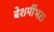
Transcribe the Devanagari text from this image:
बेशर्मीभरा